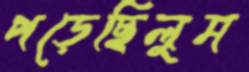
পড়েছিলুম